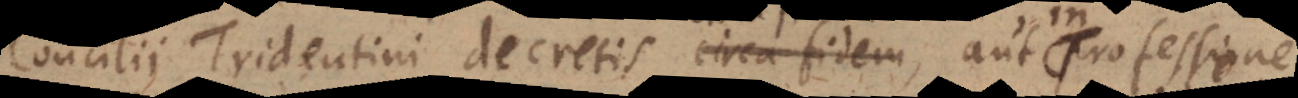
Concilii Tridentini decretis circa fidem, aut professione